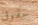
حقوق